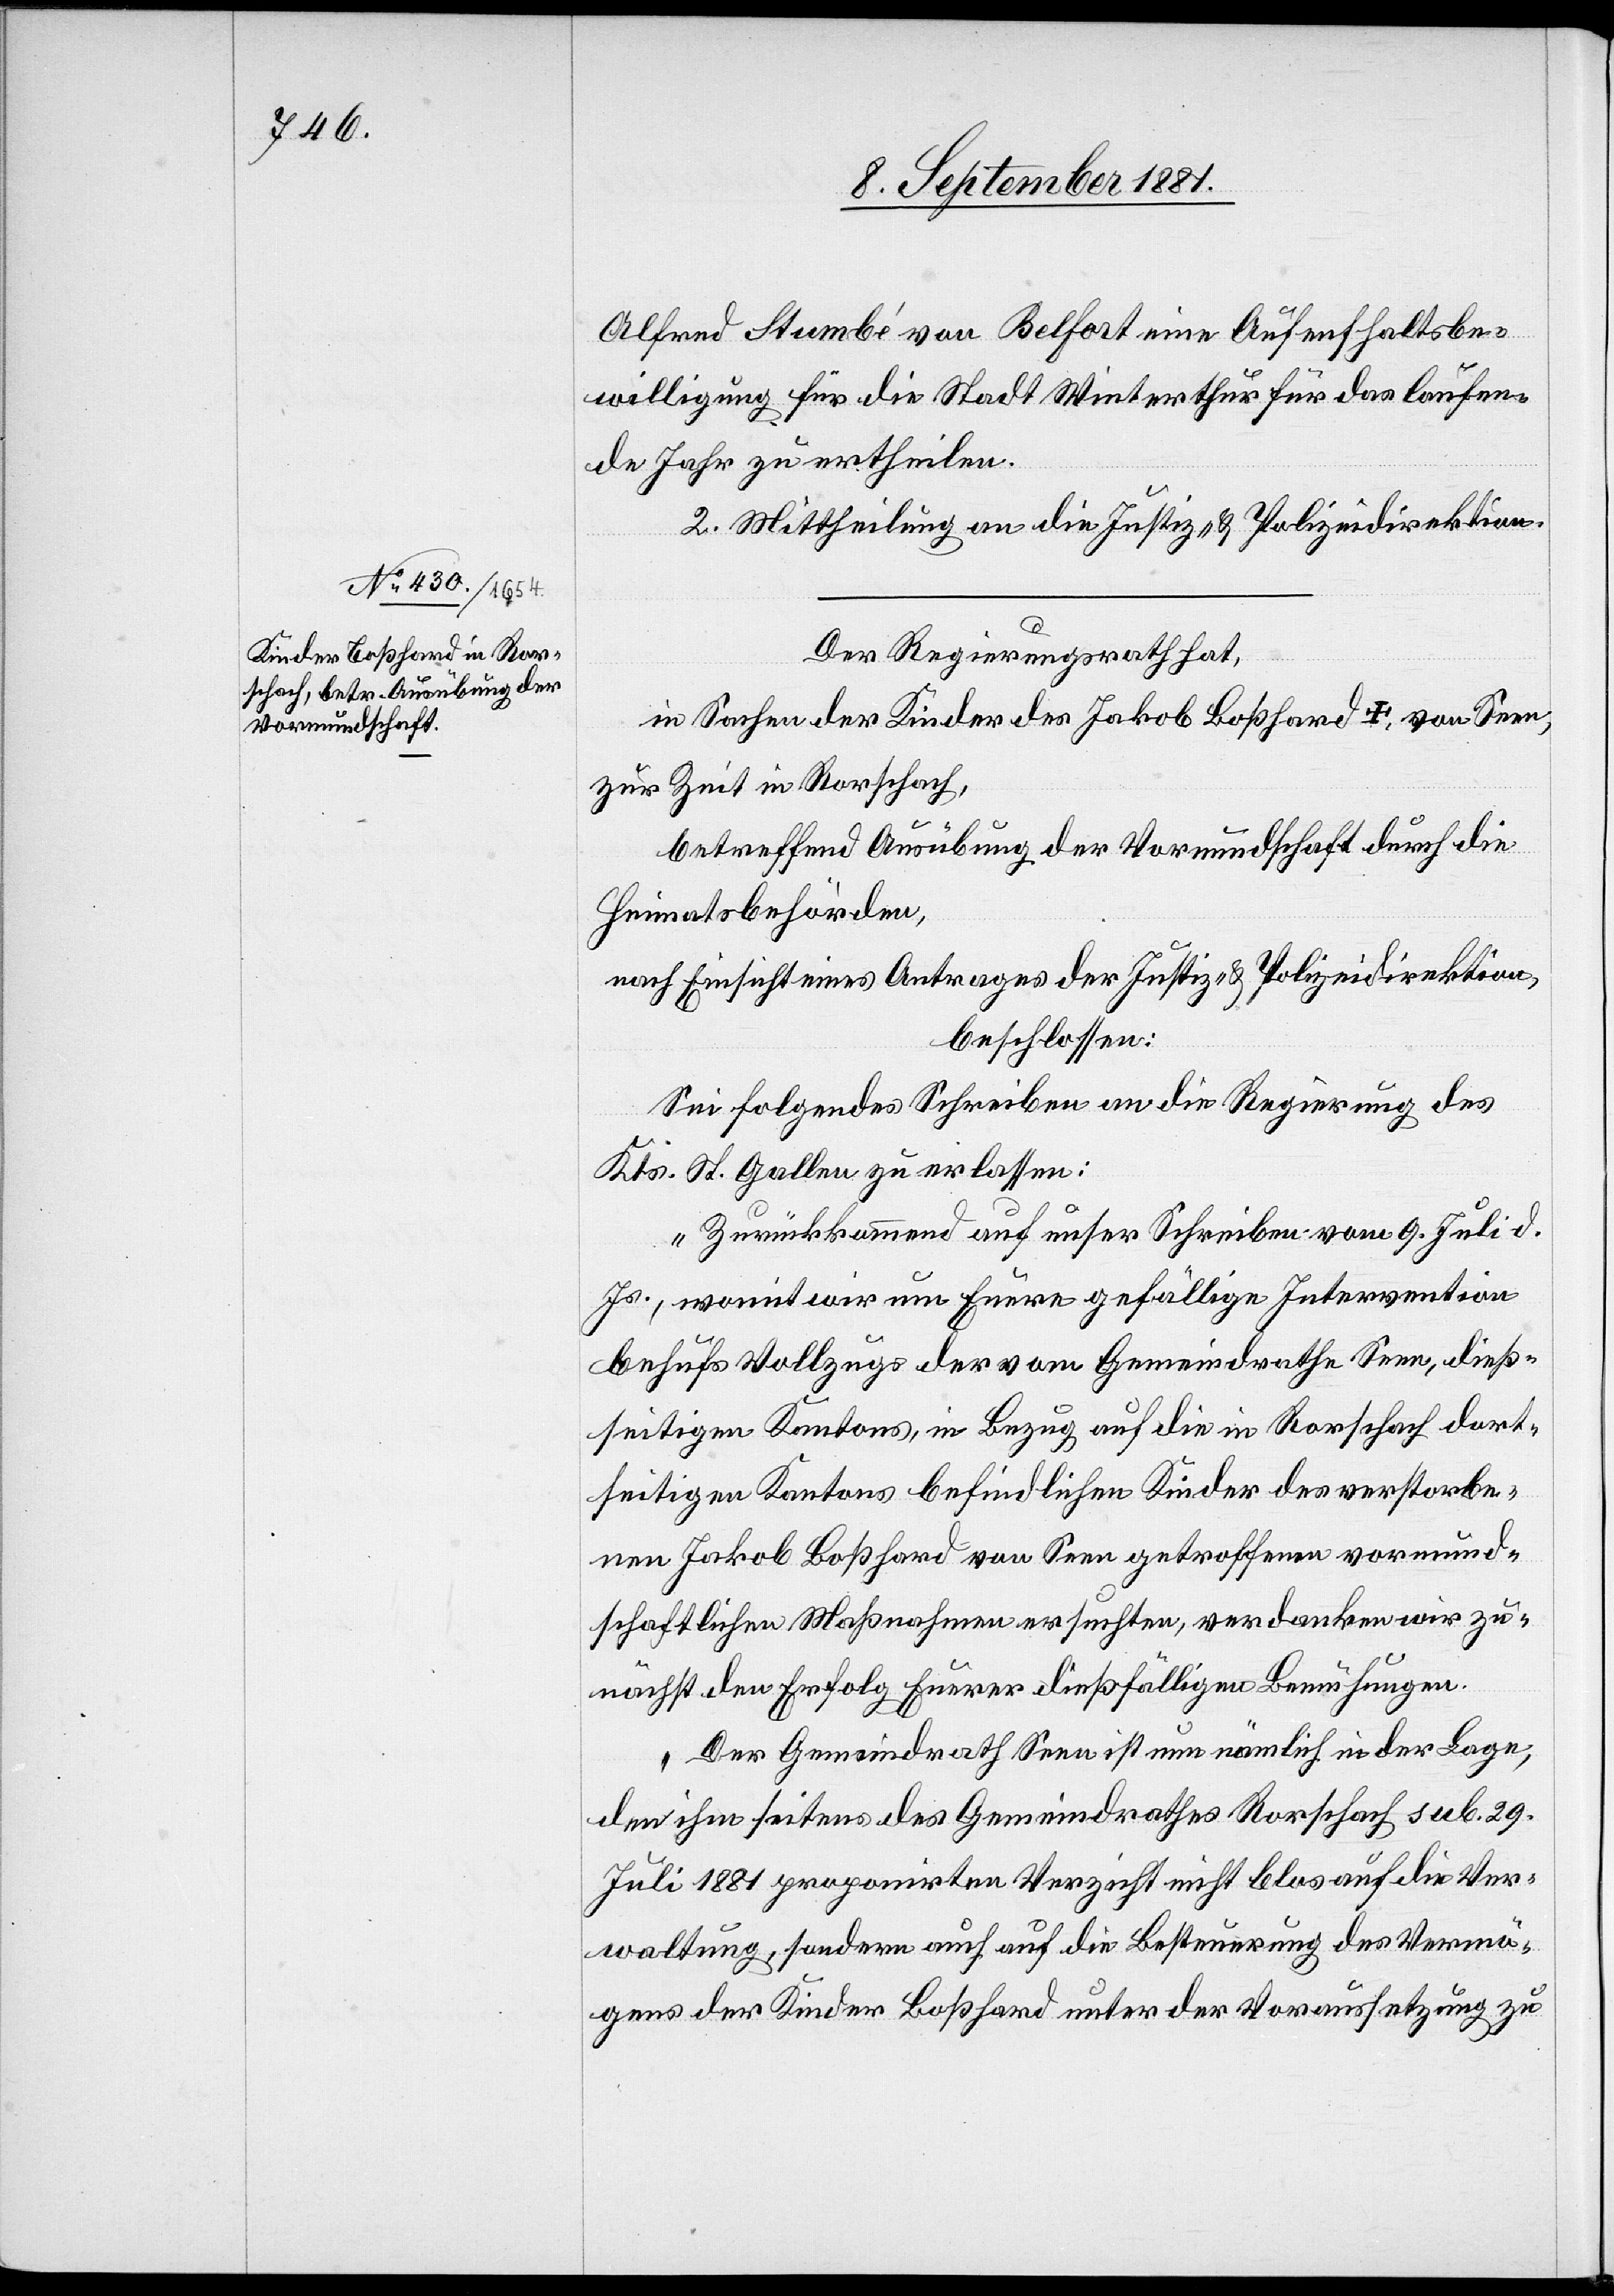
Alfred Stumbé von Belfort eine Aufenfhaltsbe¬
willigung [sic!] für die Stadt Winterthur für das laufen¬
de Jahr zu ertheilen.
2. Mittheilung an die Justiz- & Polizeidirektion.
Der Regierungsrath hat,
in Sachen der Kinder des Jakob Boßhard †, von Seen,
zur Zeit in Rorschach,
betreffen Ausübung der Vormundschaft durch die
Heimatbehörden,
nach Einsicht eines Antrages der Justiz- & Polizeidirektion,
beschlossen:
Sei folgendes Schreiben an die Regierung des
Kts. St. Gallen zu erlassen:
„Zurückkommend auf unser Schreiben vom 9. Juli d.
Js., womit wir um Euere gefällige Intervention
behufs Vollzugs der vom Gemeindrathe Seen, dieß¬
seitigen Kantons, in Bezug auf die in Rorschach dort¬
seitigen Kantons befindlichen Kinder des verstorbe¬
nen Jakob Boßhard von Seen getroffenen vormund¬
schaftlichen Maßnahmen ersuchten, verdanken wir zu¬
nächst den Erfolg Euerer dießfälligen Bemühungen.
Der Gemeindrath Seen ist nun nämlich in der Lage,
den ihm seitens des Gemeindrathes Rorschach sub. 29.
Juli 1881 proponirten Verzicht nicht blos auf die Ver¬
waltung, sondern auch auf die Besteuerung des Vermö¬
gens der Kinder Boßhard unter der Voraussetzung zu